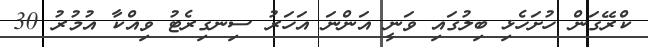
ކްރޭގަން ހުށަހެޅި ބިލުގައި ވަނީ އަންނަ އަހަރު ސިނގިރެޓު ވިއްކާ އުމުރު 30